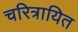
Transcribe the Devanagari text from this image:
चरित्रायित